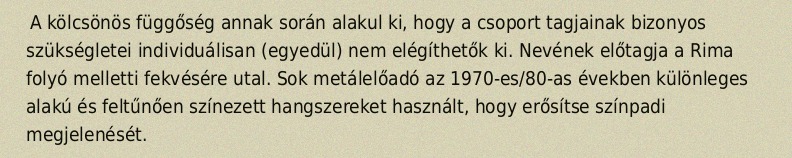
A kölcsönös függőség annak során alakul ki, hogy a csoport tagjainak bizonyos szükségletei individuálisan (egyedül) nem elégíthetők ki. Nevének előtagja a Rima folyó melletti fekvésére utal. Sok metálelőadó az 1970-es/80-as években különleges alakú és feltűnően színezett hangszereket használt, hogy erősítse színpadi megjelenését.